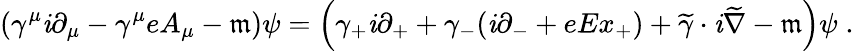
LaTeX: \left(\gamma^{\mu}\mathit{i}\partial_{\mu}-\gamma^{\mu}eA_{\mu}-\mathfrak{m}\right)\psi=\left(\gamma_{+}\mathit{i}\partial_{+}+\gamma_{-}(\mathit{i}\partial_{-}+eEx_{+})+\widetilde{{\gamma}}\cdot\mathit{i}\widetilde{{\nabla}}-\mathfrak{m}\right)\psi\; .